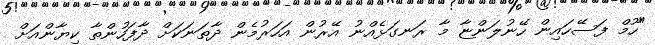
"ހޫމް ފަސޭހައިން ހޭނުލަންޏާ މާ ރަނގަޅެއްނު އޭރުން އަހަރުމެން ދާތަނަކަށް ދާފަހުންތާ ކިޔާންއަށް